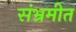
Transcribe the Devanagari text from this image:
संभ्रमीत